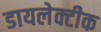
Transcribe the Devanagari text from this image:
डायलेक्टीक